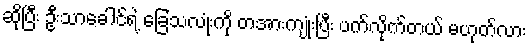
ဆိုပြီး ဦးသာခေါင်ရဲ့ ခြေသလုံးကို တအားကျုံးပြီး ပက်လိုက်တယ် မဟုတ်လား